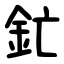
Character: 釯